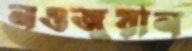
নওজুয়ান